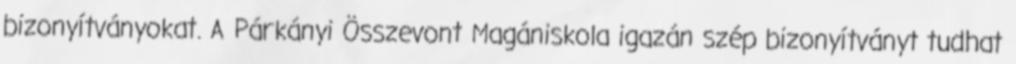
bizonyítványokat. A Párkányi Összevont Magániskola igazán szép bizonyítványt tudhat